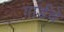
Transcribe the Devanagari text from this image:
गार्डचे